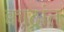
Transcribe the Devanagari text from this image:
क्वाद्रांत